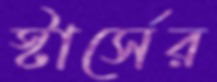
স্টার্সের